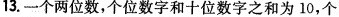
13.一个两位数，个位数字和十位数字之和为10，个